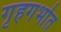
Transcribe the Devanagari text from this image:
गृहगर्भात